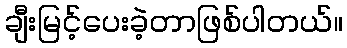
ချီးမြင့်ပေးခဲ့တာဖြစ်ပါတယ်။